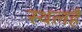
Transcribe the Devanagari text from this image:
स्थलहै